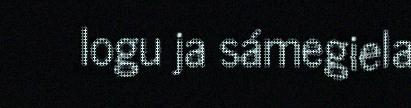
logu ja sámegiela